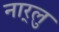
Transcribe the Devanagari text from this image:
नार्‍लु